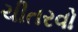
ચીતરવો